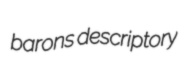
barons descriptory